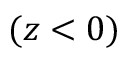
( z < 0 )